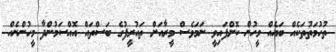
ތުހުމަތުތަކެއް ބައެއް މީހުން ކޮށްފައިވީ ނަމަވެސް މީރާއަށް ތައުރީފުގެ ބަސްތައް އޮއްސަމުންދާ މީހުންނެއް